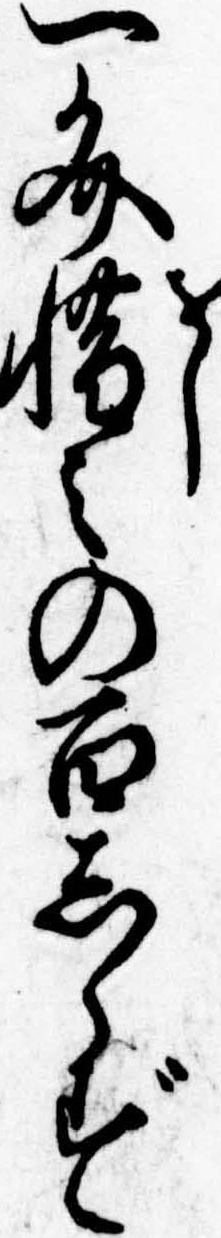
一文惜みの百しらず